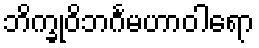
ဘိက္ခုဝိဘင်္ဂမဟာဝါရော